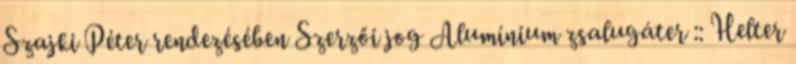
Szajki Péter rendezésében Szerzői jog Alumínium zsalugáter :: Helter